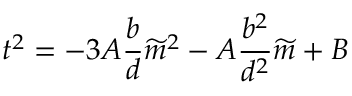
t ^ { 2 } = - 3 A \frac { b } { d } \widetilde { m } ^ { 2 } - A \frac { b ^ { 2 } } { d ^ { 2 } } \widetilde { m } + B